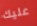
عليك